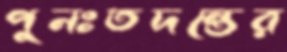
পুনঃতদন্তের